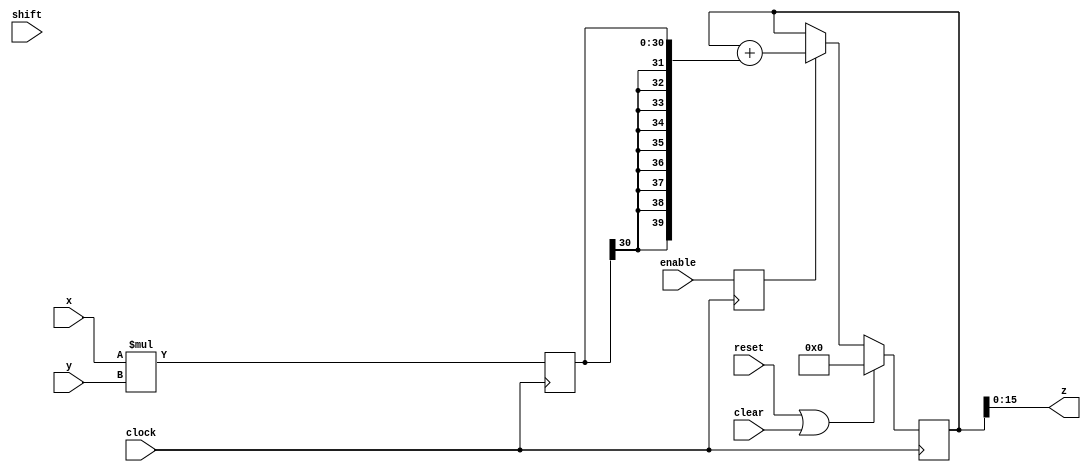
//
// Copyright 2011 Ettus Research LLC
//
// This program is free software: you can redistribute it and/or modify
// it under the terms of the GNU General Public License as published by
// the Free Software Foundation, either version 3 of the License, or
// (at your option) any later version.
//
// This program is distributed in the hope that it will be useful,
// but WITHOUT ANY WARRANTY; without even the implied warranty of
// MERCHANTABILITY or FITNESS FOR A PARTICULAR PURPOSE.  See the
// GNU General Public License for more details.
//
// You should have received a copy of the GNU General Public License
// along with this program.  If not, see <http://www.gnu.org/licenses/>.
//



module mac (input clock, input reset, input enable, input clear,
	    input signed [15:0] x, input signed [15:0] y,
	    input [7:0] shift, output [15:0] z );

   reg signed [30:0] product;
   reg signed [39:0] z_int;
   reg signed [15:0] z_shift;

   reg enable_d1;
   always @(posedge clock)
     enable_d1 <= #1 enable;
   
   always @(posedge clock)
     if(reset | clear)
       z_int <= #1 40'd0;
     else if(enable_d1)
       z_int <= #1 z_int + {{9{product[30]}},product};

   always @(posedge clock)
     product <= #1 x*y;

   always @*   // FIXME full case? parallel case?
     case(shift)
       //8'd0 : z_shift <= z_int[39:24];
       //8'd1 : z_shift <= z_int[38:23];
       //8'd2 : z_shift <= z_int[37:22];
       //8'd3 : z_shift <= z_int[36:21];
       //8'd4 : z_shift <= z_int[35:20];
       //8'd5 : z_shift <= z_int[34:19];
       8'd6 : z_shift <= z_int[33:18];
       8'd7 : z_shift <= z_int[32:17];
       8'd8 : z_shift <= z_int[31:16];
       8'd9 : z_shift <= z_int[30:15];
       8'd10 : z_shift <= z_int[29:14];
       8'd11 : z_shift <= z_int[28:13];
       //8'd12 : z_shift <= z_int[27:12];
       //8'd13 : z_shift <= z_int[26:11];
       //8'd14 : z_shift <= z_int[25:10];
       //8'd15 : z_shift <= z_int[24:9];
       //8'd16 : z_shift <= z_int[23:8];
       //8'd17 : z_shift <= z_int[22:7];
       //8'd18 : z_shift <= z_int[21:6];
       //8'd19 : z_shift <= z_int[20:5];
       //8'd20 : z_shift <= z_int[19:4];
       //8'd21 : z_shift <= z_int[18:3];
       //8'd22 : z_shift <= z_int[17:2];
       //8'd23 : z_shift <= z_int[16:1];
       //8'd24 : z_shift <= z_int[15:0];
       default : z_shift <= z_int[15:0];
     endcase // case(shift)
   
   // FIXME do we need to saturate?
   //assign z = z_shift;
   assign z = z_int[15:0];
   
endmodule // mac